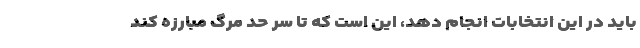
باید در این انتخابات انجام دهد، این است که تا سر حد مرگ مبارزه کند